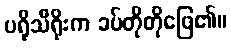
ပရိုသီရိုးက ခပ်တိုတိုဖြေ၏။